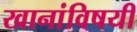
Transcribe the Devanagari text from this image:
खानांविषयी